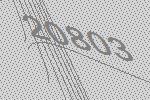
20803